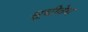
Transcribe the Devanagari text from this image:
सूचीवेध